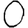
Digit: 0